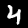
Digit: 4